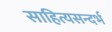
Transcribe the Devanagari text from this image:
साहित्यसन्दर्भ